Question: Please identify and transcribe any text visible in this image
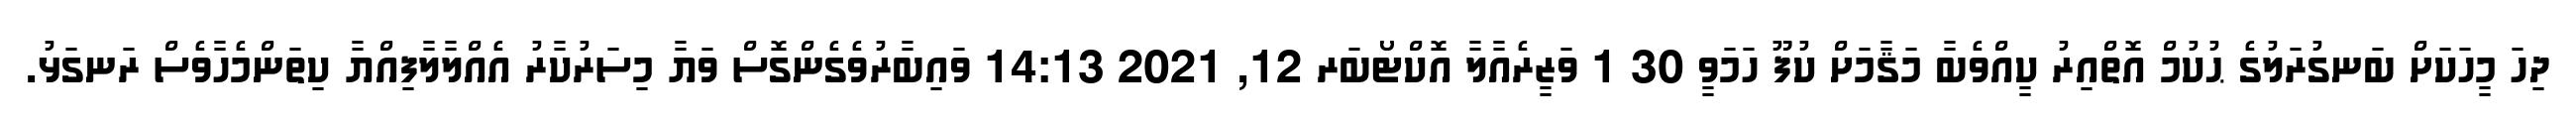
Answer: ދިހަ މީހަކަށް ބަނގުރަލުގެ ޙުކުމް އޮތްއިރު ކީއްވެބާ މަޤާމަށް ކުފޫ ހަމަވީ 30 1 ވަޒީރެއާލާ އޮކްޓޯބަރ 12, 2021 14:13 ވައިބާރުވެގެންގޮސް ވަޔާ މިސަރުކާރު އެއްލާލާފިއްޔާ ކިތަންމެހާވެސް ރަނގަޅު.